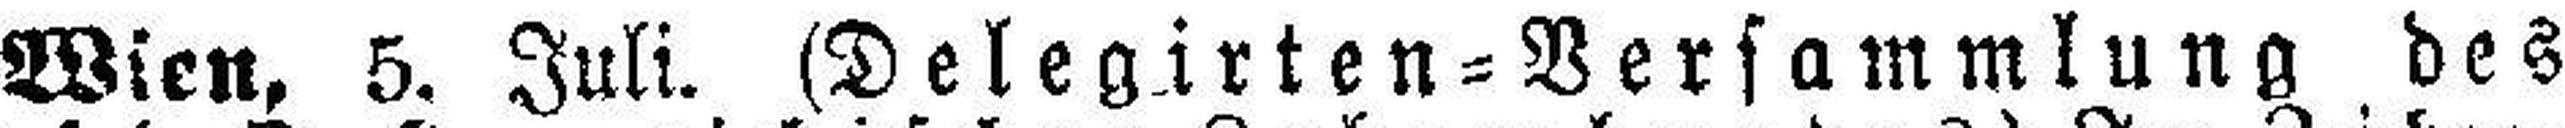
Wien, 5. Juli. (Delegirten=Versammlung des